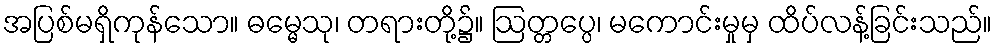
အပြစ်မရှိကုန်သော။ ဓမ္မေသု၊ တရားတို့၌။ ဩတ္တပ္ပေ၊ မကောင်းမှုမှ ထိပ်လန့်ခြင်းသည်။